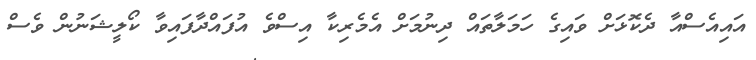
އައިއެސްއާ ދެކޮޅަށް ވައިގެ ހަމަލާތައް ދިނުމަށް އެމެރިކާ އިސްވެ އުފައްދާފައިވާ ކޯލީޝަނުން ވެސް